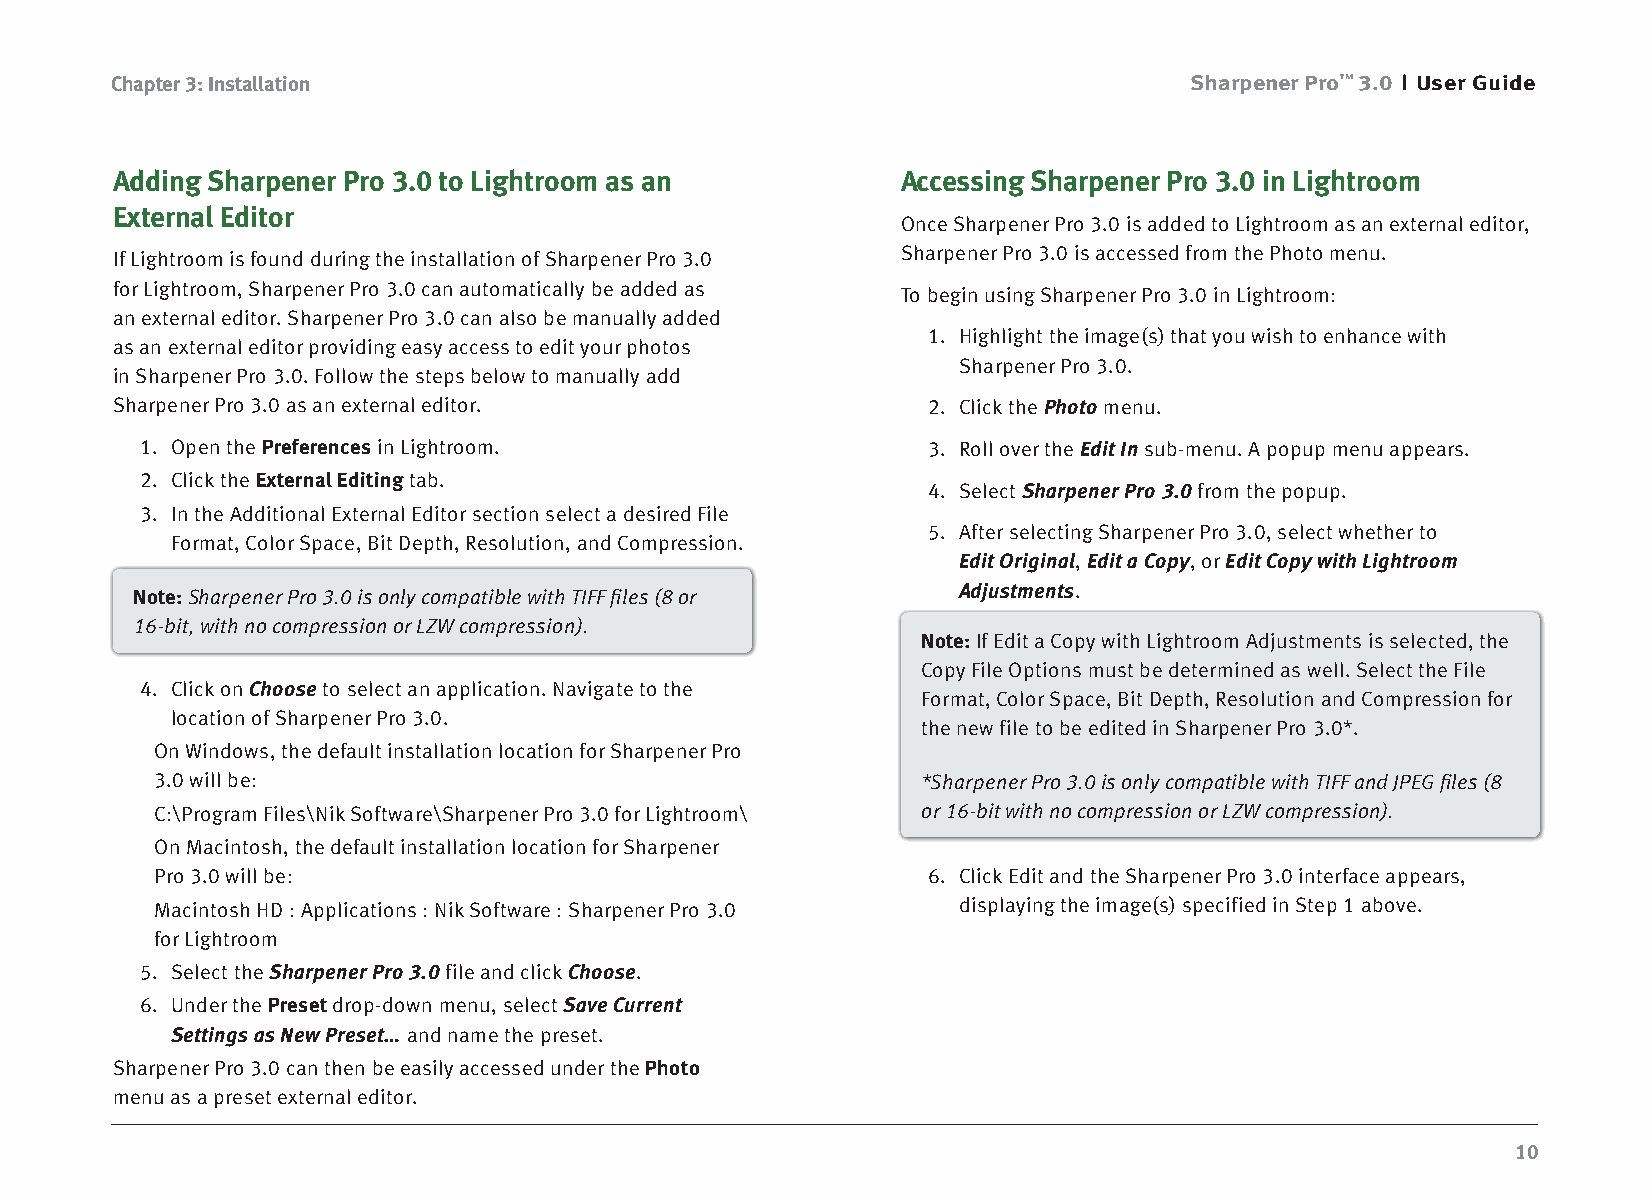
Chapter 3: Installation                                                 Sharpener Pro™ 3.0 User Guide
 Adding Sharpener Pro 3.0 to Lightroom as an          Accessing Sharpener Pro 3.0 in Lightroom
 External Editor
 Once Sharpener Pro 3.0 is added to Lightroom as an external editor,
 If Lightroom is found during the installation of Sharpener Pro 3.0 Sharpener Pro 3.0 is accessed from the Photo menu.
 for Lightroom, Sharpener Pro 3.0 can automatically be added as To begin using Sharpener Pro 3.0 in Lightroom:
 an external editor. Sharpener Pro 3.0 can also be manually added
 1. Highlight the image(s) that you wish to enhance with
 as an external editor providing easy access to edit your photos
 Sharpener Pro 3.0.
 in Sharpener Pro 3.0. Follow the steps below to manually add
 Sharpener Pro 3.0 as an external editor.              2. Click the Photo menu.
 1. Open the Preferences in Lightroom.               3. Roll over the Edit In sub-menu. A popup menu appears.
 2. Click the External Editing tab.
 4. Select Sharpener Pro 3.0 from the popup.
 3. In the Additional External Editor section select a desired File
 5. After selecting Sharpener Pro 3.0, select whether to
 Format, Color Space, Bit Depth, Resolution, and Compression.
 Edit Original, Edit a Copy, or Edit Copy with Lightroom
 Note: Sharpener Pro 3.0 is only compatible with TIFF files (8 or Adjustments.
 16-bit, with no compression or LZW compression).
 Note: If Edit a Copy with Lightroom Adjustments is selected, the
 Copy File Options must be determined as well. Select the File
 4. Click on Choose to select an application. Navigate to the
 Format, Color Space, Bit Depth, Resolution and Compression for
 location of Sharpener Pro 3.0.
 the new file to be edited in Sharpener Pro 3.0*.
 On Windows, the default installation location for Sharpener Pro
 3.0 will be:                                       *Sharpener Pro 3.0 is only compatible with TIFF and JPEG files (8
 C:\Program Files\Nik Software\Sharpener Pro 3.0 for Lightroom\ or 16-bit with no compression or LZW compression).
 On Macintosh, the default installation location for Sharpener
 Pro 3.0 will be:                                   6. Click Edit and the Sharpener Pro 3.0 interface appears,
 Macintosh HD : Applications : Nik Software : Sharpener Pro 3.0 displaying the image(s) specified in Step 1 above.
 for Lightroom
 5. Select the Sharpener Pro 3.0 file and click Choose.
 6. Under the Preset drop-down menu, select Save Current
 Settings as New Preset… and name the preset.
 Sharpener Pro 3.0 can then be easily accessed under the Photo
 menu as a preset external editor.
 10